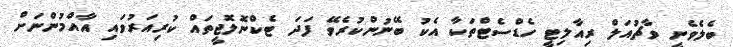
ބެލެވެނީ ވާޗުއަލް ރިއާލިޓީ ހެޑްސެޓްތަކާ އެކު ބޭނުންކުރެވޭ ފަދަ ޓެކްނޮލޮޖީތައް ކުރިއަރުވައި އާއްމުންނަށް